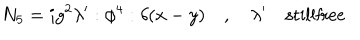
N _ { 5 } = i g ^ { 2 } \lambda ^ { \prime } : \phi ^ { 4 } : \delta ( x - y ) \quad , \quad \lambda ^ { \prime } \quad { \mathrm { s t i l l f r e e } }